Bréfritari: Björg Hjörleifsdóttir
Dagsetning: A-1888-03-08
Skrifað á: Lóni í Kelduhverfi  N-Þing.

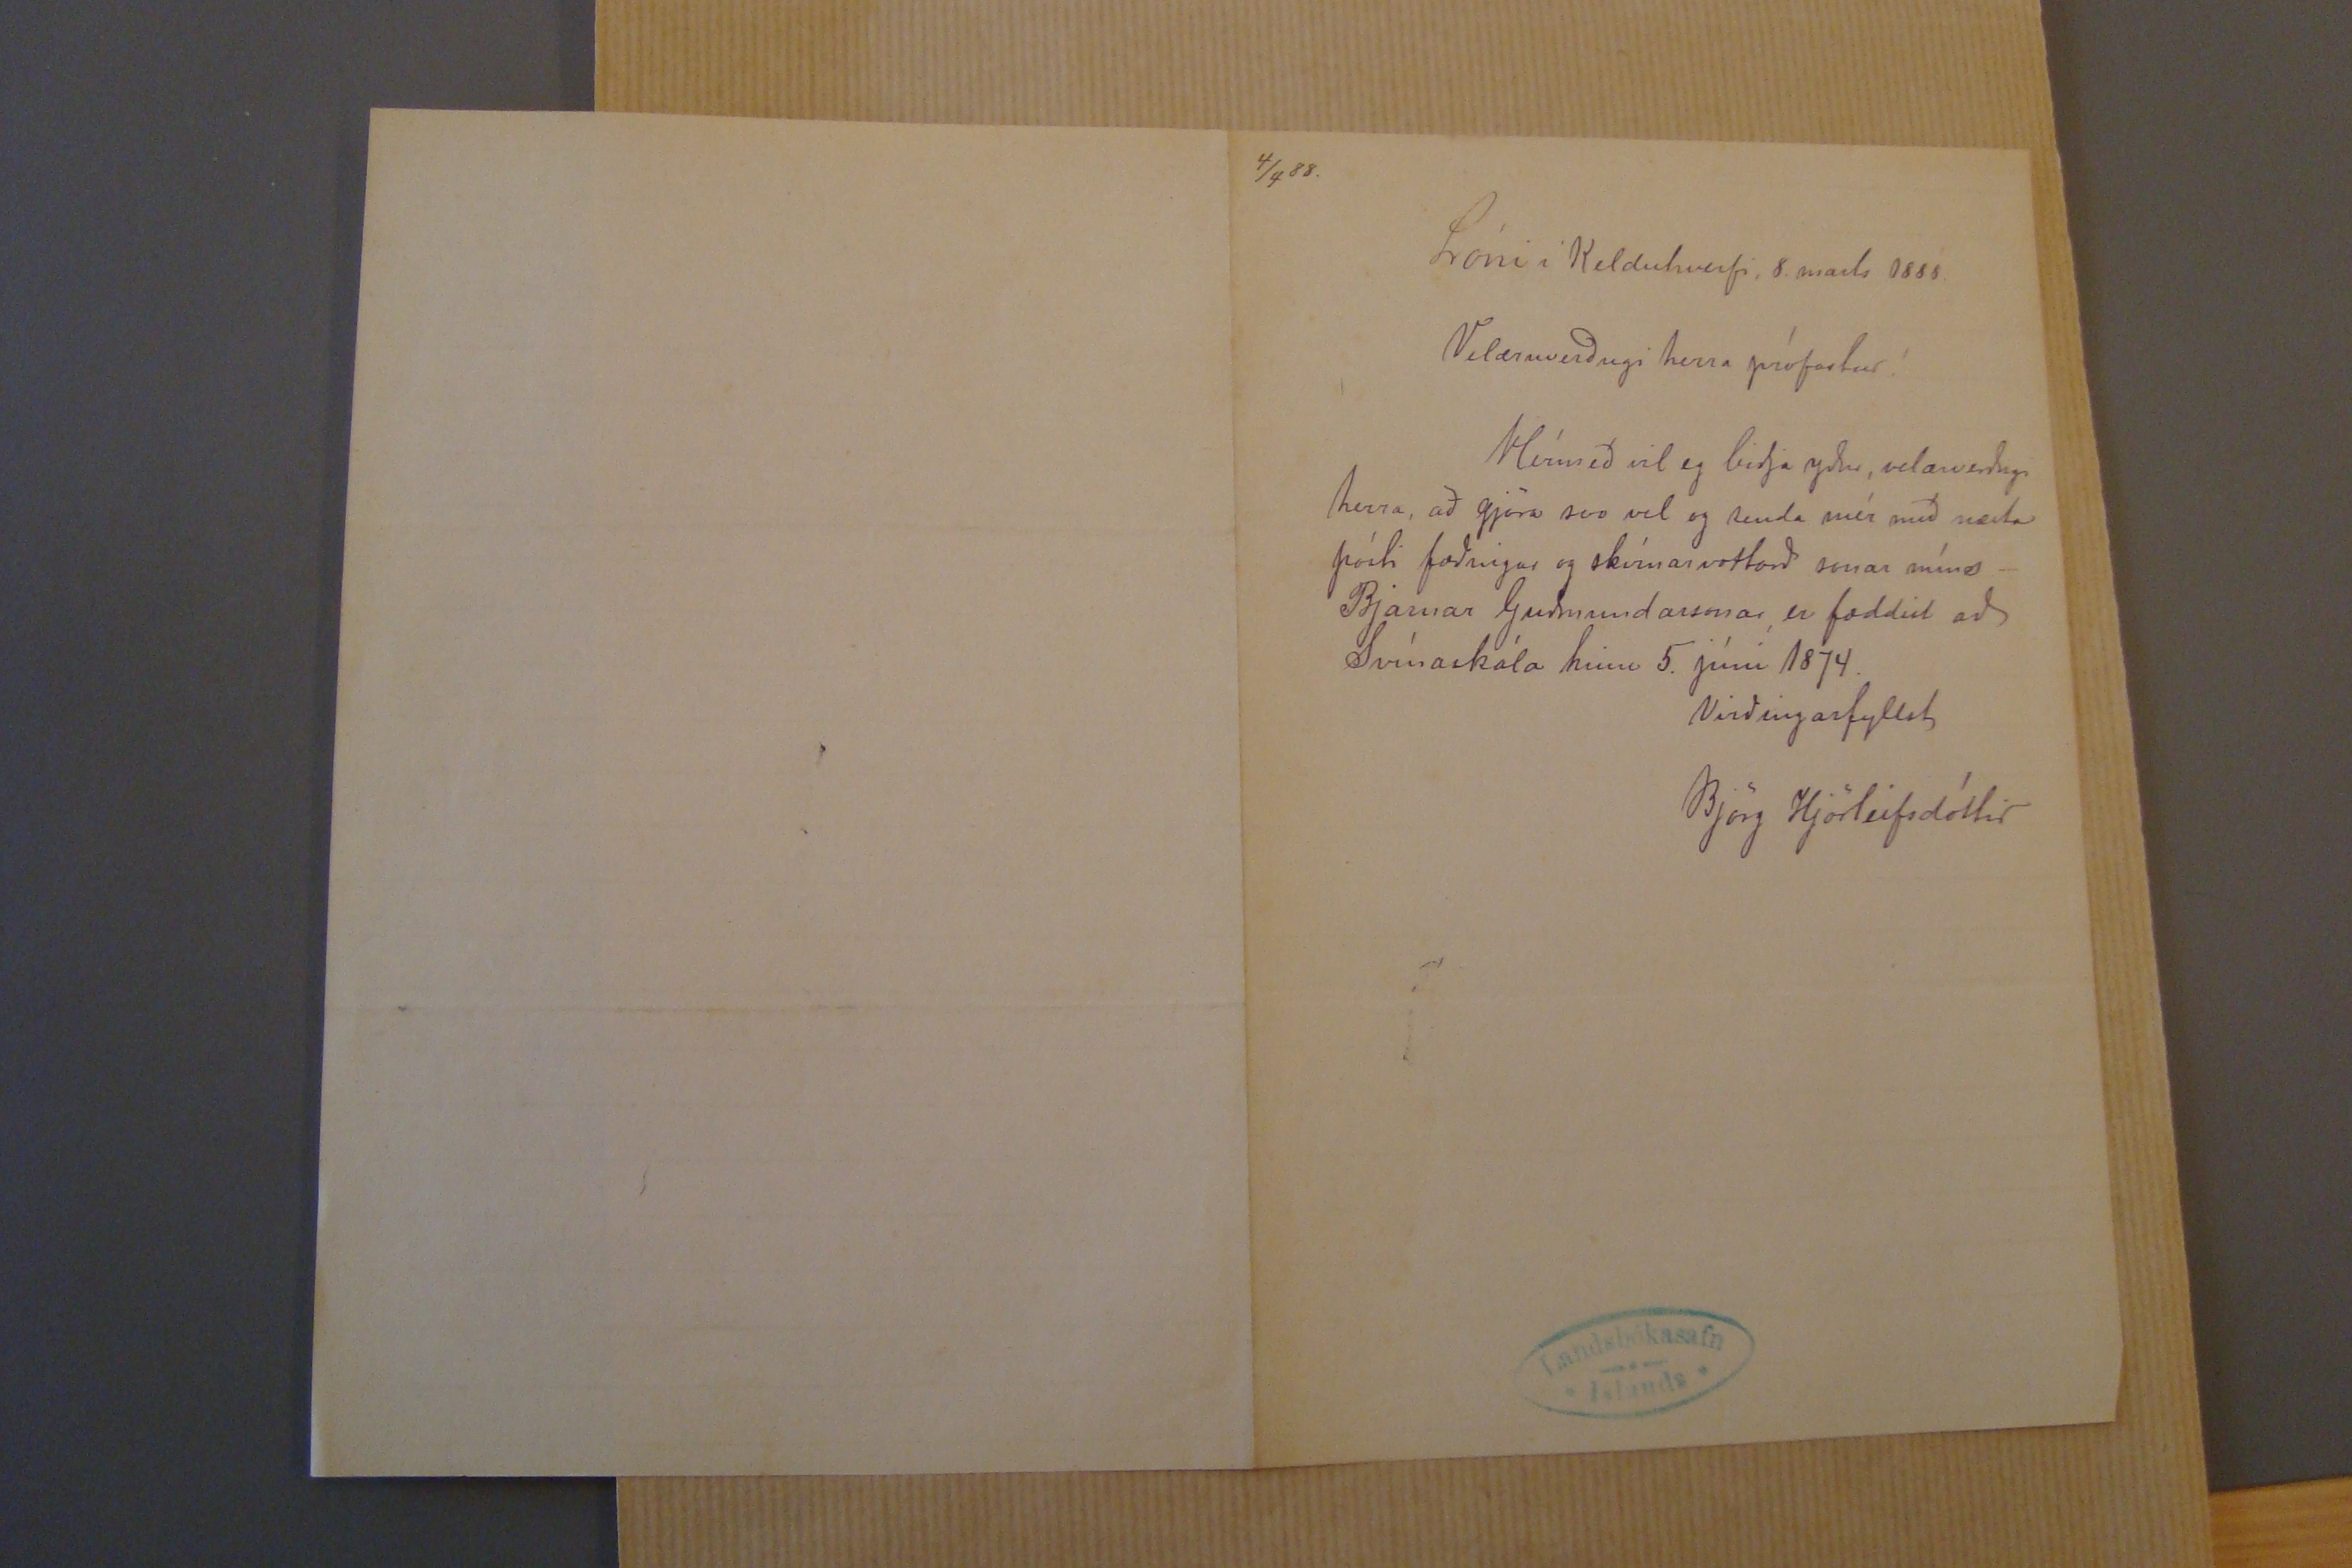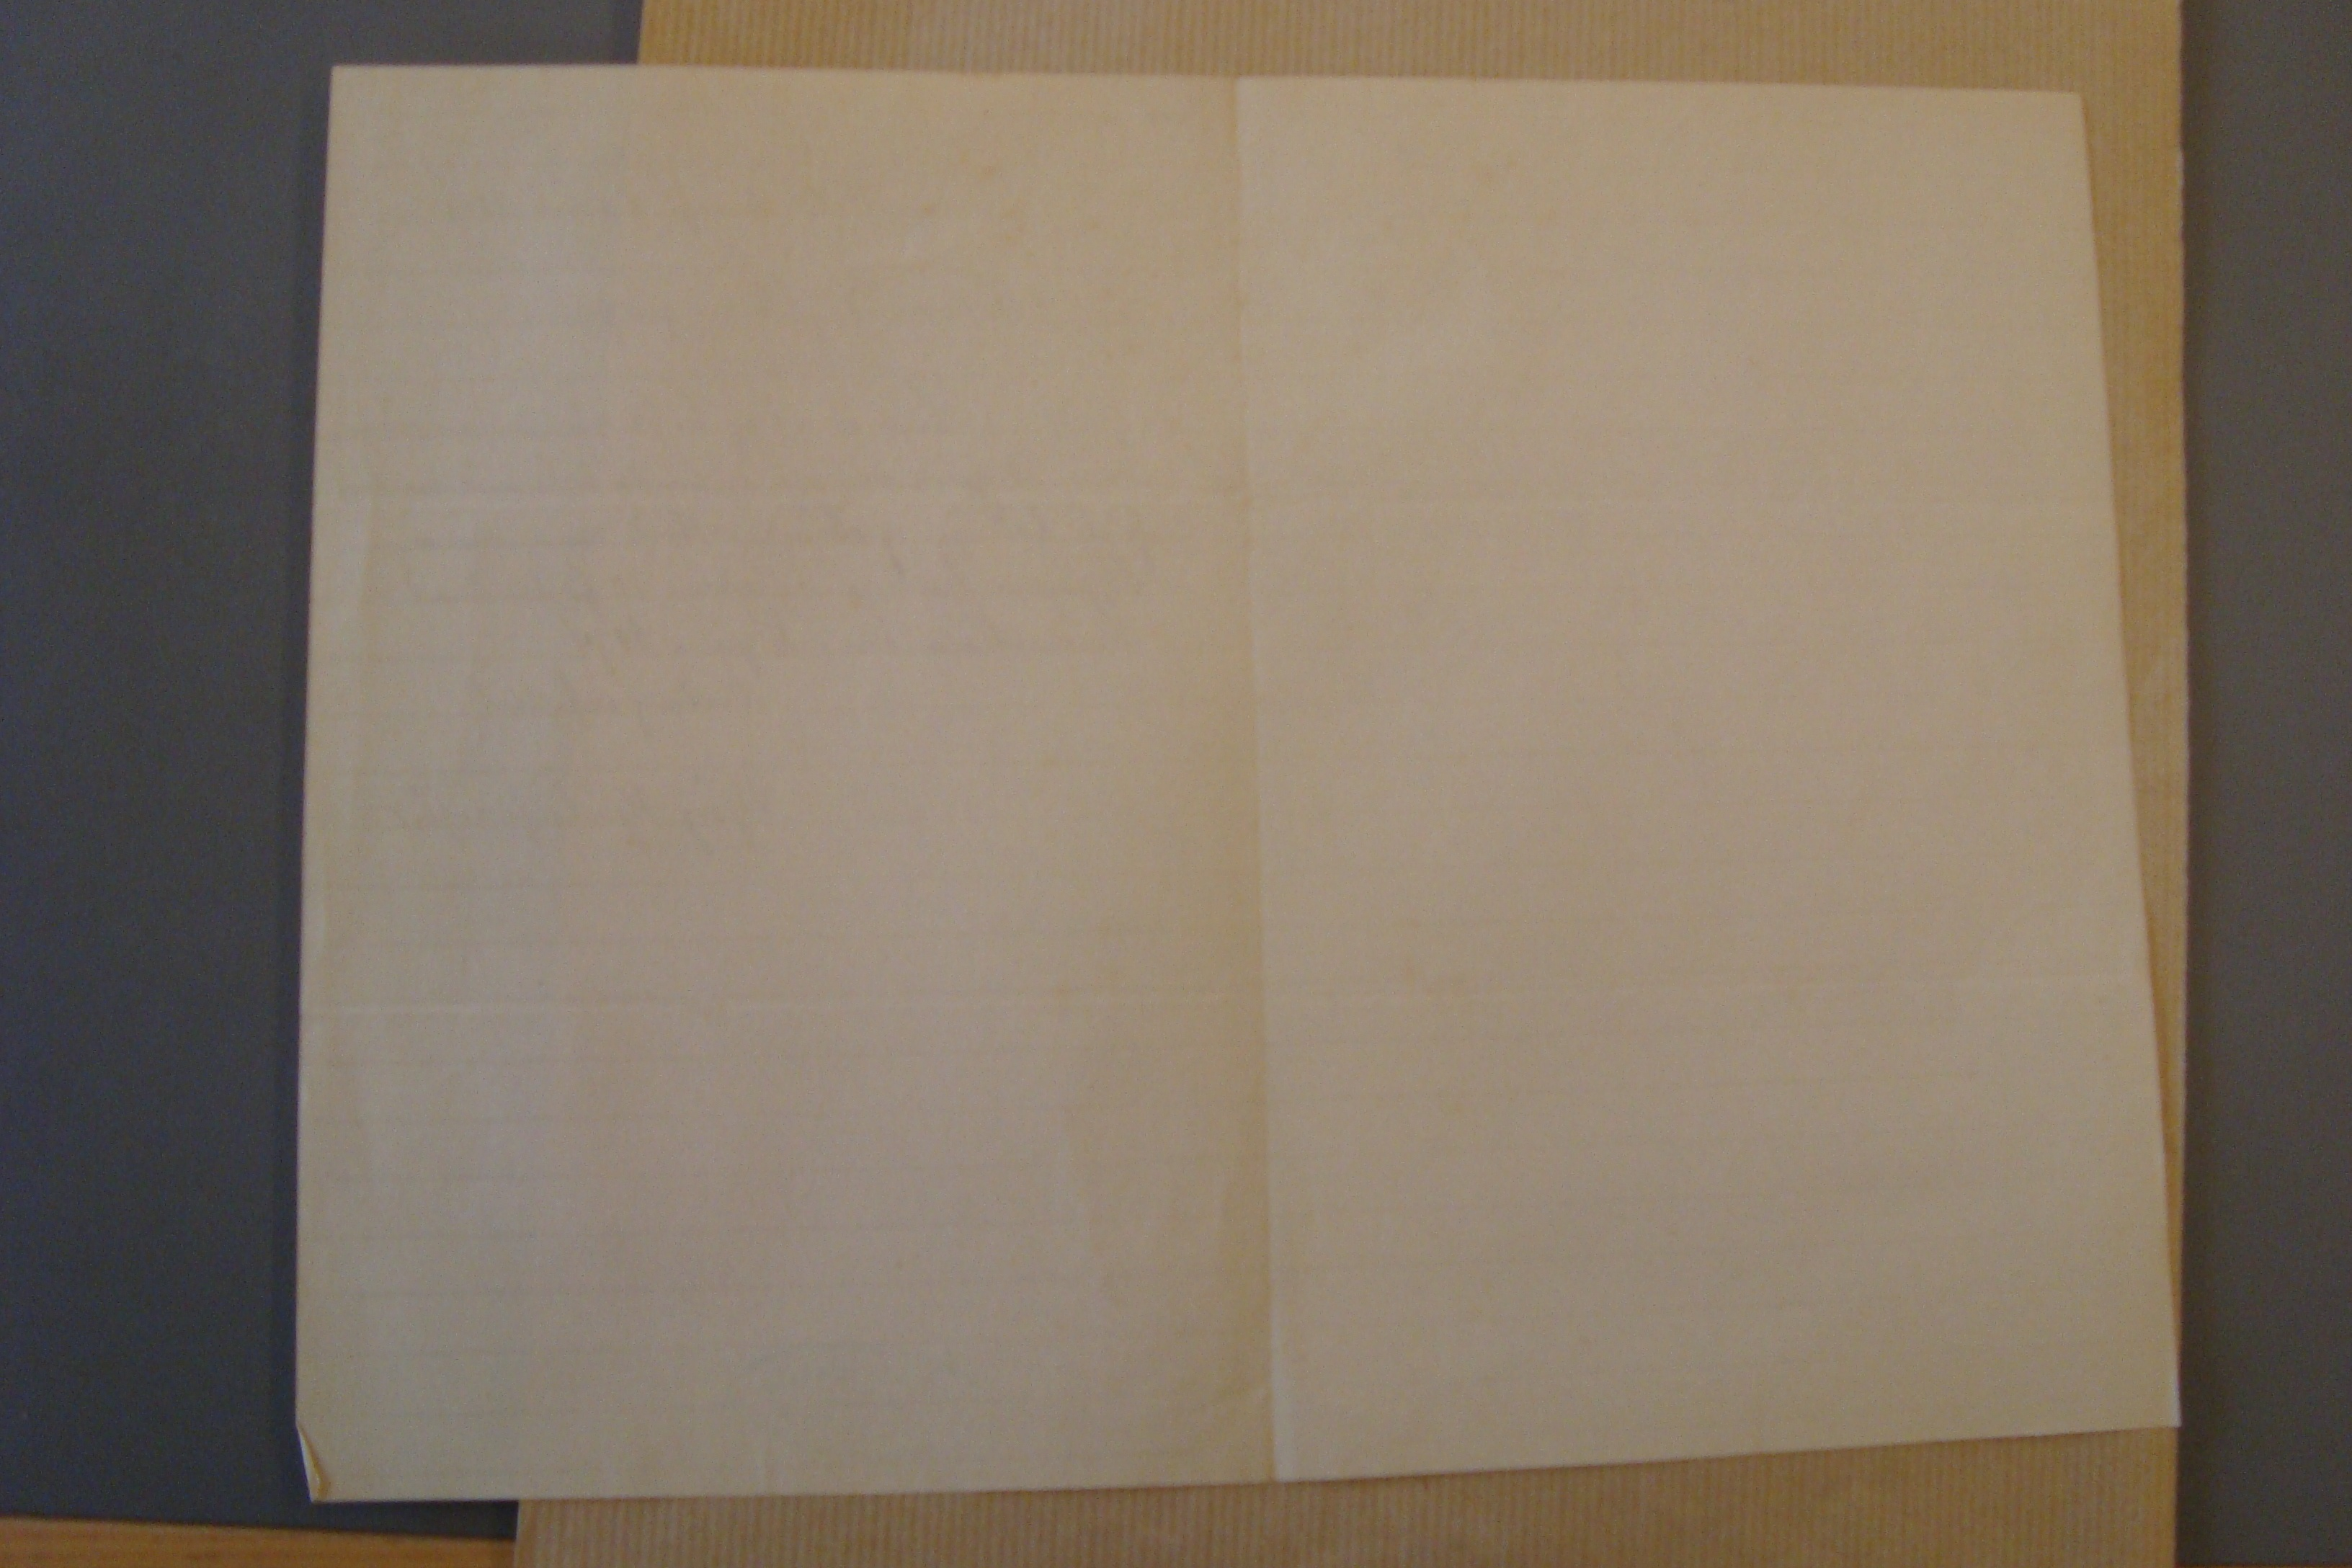

4/4 88.
Lóni i Kelduhverfi, 8. mads 1888.
Velæruverðugi herra prófastur!
Hérmeð vil eg biðja yður, velæruverðugi herra, að gjöra svo vel og senda mér með næsta pósti fæðingar og skírnarvottorð sonar míns - Bjarnar Guðmundarsonar, er fæddist að Svínaskála hinn 5. júni 1874.
Virðingarfyllst
BJörg Hjörleifsdóttir